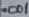
Text: .001